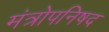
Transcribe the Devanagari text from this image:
मंत्रोपनिषद